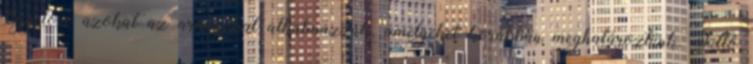
Egyelőre azokat az arányokat alkalmazzuk, amelyeket korábban meghatároztunk. Tüttő